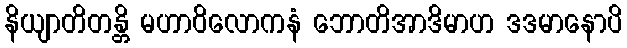
နိယျာတိတန္တိ မဟာဝိလောကနံ ဘောတိအာဒိမာဟ ဒဒမာနောပိ